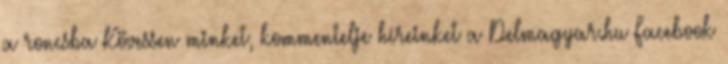
a roncsba Kövessen minket, kommentelje híreinket a Delmagyar.hu Facebook